Indian Medical Review
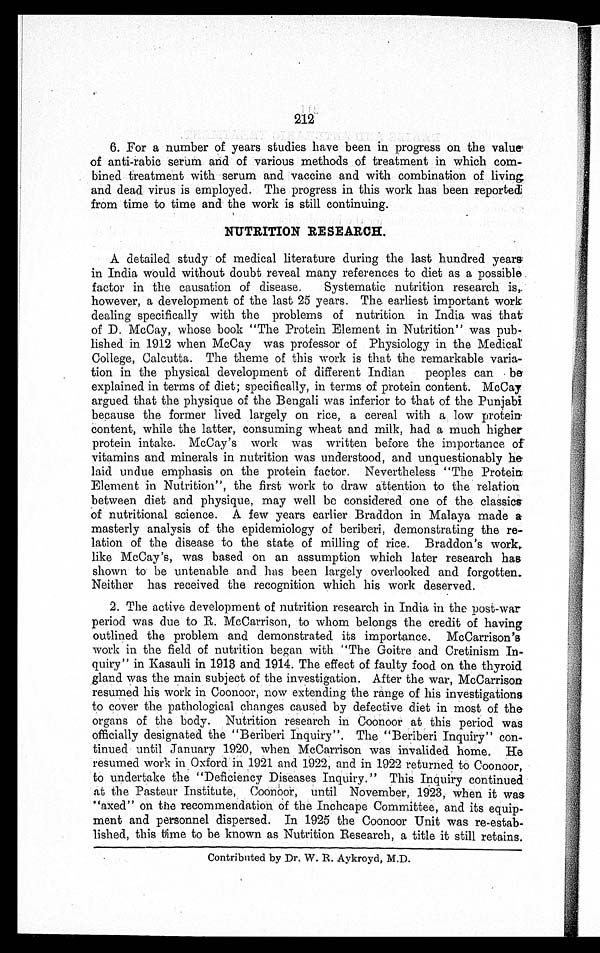
212
6. For a number of years studies have been in progress on the value
of anti-rabic serum and of various methods of treatment in which com-
bined treatment with serum and vaccine and with combination of living
and dead virus is employed. The progress in this work has been reported
from time to time and the work is still continuing.
NUTRITION RESEARCH.
A detailed study of medical literature during the last hundred years
in India would without doubt reveal many references to diet as a possible
factor in the causation of disease. Systematic nutrition research is,
however, a development of the last 25 years. The earliest important work
dealing specifically with the problems of nutrition in India was that
of D. McCay, whose book "The Protein Element in Nutrition" was pub-
lished in 1912 when McCay was professor of Physiology in the Medical
College, Calcutta. The theme of this work is that the remarkable varia-
tion in the physical development of different Indian peoples can be
explained in terms of diet; specifically, in terms of protein content. McCay
argued that the physique of the Bengali was inferior to that of the Punjabi
because the former lived largely on rice, a cereal with a low protein
content, while the latter, consuming wheat and milk, had a much higher
protein intake. McCay's work was written before the importance of
vitamins and minerals in nutrition was understood, and unquestionably he
laid undue emphasis on the protein factor. Nevertheless "The Protein
Element in Nutrition", the first work to draw attention to the relation
between diet and physique, may well be considered one of the classics
of nutritional science. A few years earlier Braddon in Malaya made a
masterly analysis of the epidemiology of beriberi, demonstrating the re-
-lation of the disease to the state of milling of rice. Braddon's work,
like McCay's, was based on an assumption which later research has
shown to be untenable and has been largely overlooked and forgotten.
Neither has received the recognition which his work deserved.
2. The active development of nutrition research in India in the post-war
period was due to R. McCarrison, to whom belongs the credit of having
outlined the problem and demonstrated its importance. McCarrison's
work in the field of nutrition began with "The Goitre and Cretinism In-
quiry" in Kasauli in 1913 and 1914. The effect of faulty food on the thyroid
gland was the main subject of the investigation. After the war, McCarrison
resumed his work in Coonoor, now extending the range of his investigations
to cover the pathological changes caused by defective diet in most of the
organs of the body. Nutrition research in Coonoor at this period was
officially designated the "Beriberi Inquiry". The "Beriberi Inquiry" con-
tinued until January 1920, when McCarrison was invalided home. He
resumed work in Oxford in 1921 and 1922, and in 1922 returned to Coonoor,
to undertake the "Deficiency Diseases Inquiry." This Inquiry continued
at the Pasteur Institute, Coonoor, until November, 1923, when it was
"axed" on the recommendation of the Inchcape Committee, and its equip-
ment and personnel dispersed. In 1925 the Coonoor Unit was re-estab-
lished, this time to be known as Nutrition Research, a title it still retains.
Contributed by Dr. W. R. Aykroyd, M.D.